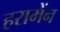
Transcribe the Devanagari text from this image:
हरामेंन